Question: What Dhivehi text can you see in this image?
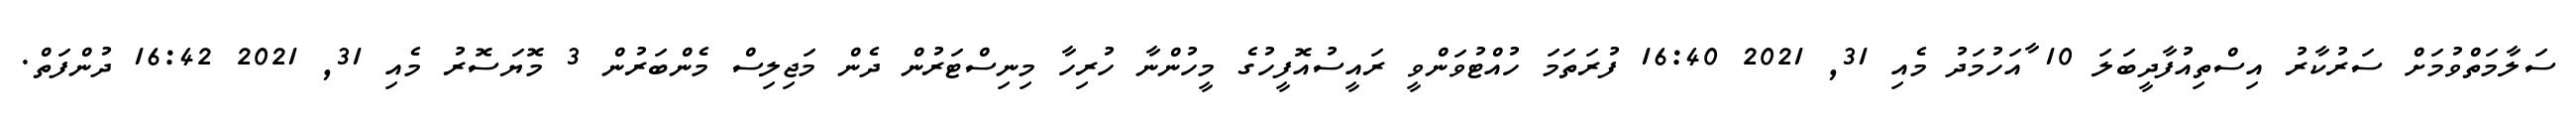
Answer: ސަލާމަތްވުމަށް ސަރުކާރު އިސްތިއުފާދީބަލަ 10 ާއަހުމަދު މެއި 31, 2021 16:40 ފުރަތަމަ ހުއްޓުވަންވީ ރައީސުއޮފީހުގެ މީހުންނާ ހުރިހާ މިނިސްޓަރުން ދެން މަޖިލިސް މެންބަރުން 3 މޮޔަސޮރު މެއި 31, 2021 16:42 ދުންފަތް.